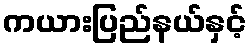
ကယားပြည်နယ်နှင့်